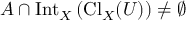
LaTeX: A \cap \operatorname { I n t } _ { X } \left( \operatorname { C l } _ { X } ( U ) \right) \neq \emptyset